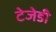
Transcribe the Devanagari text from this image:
टेजेडी